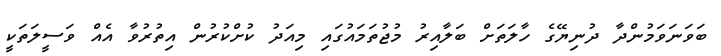
ބަވަނަވަމުންދާ ދުނިޔޭގެ ހާލަތަށް ބަލާއިރު މުޖުތަމައުގައި މިއަދު ކުށްކުރުން އިތުރުވާ އެއް ވަސީލަތަކީ